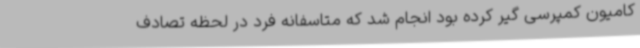
کامیون کمپرسی گیر کرده بود انجام شد که متاسفانه فرد در لحظه تصادف